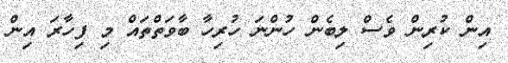
އިން ކުރިން ވެސް ލިބެން ހުންނަ ހުރިހާ ބާވަތްތައް މި ފިހާރަ އިން